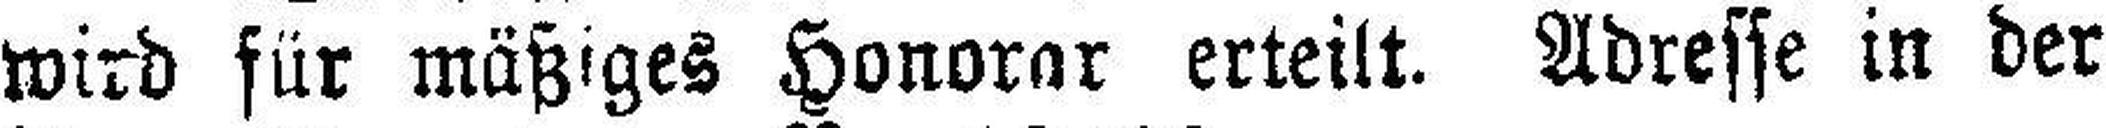
wird für mäßiges Honorar erteilt. Adresse in der